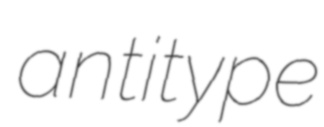
antitype